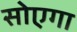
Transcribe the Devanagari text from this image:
सोएगा